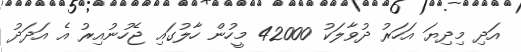
އަދި މިދިޔަ އަހަރު ދުވާލަކު 42000 މީހުން ހާލުގައި ޖެހުނުއިރު އެ އަދަދު